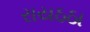
રાયઠઠા